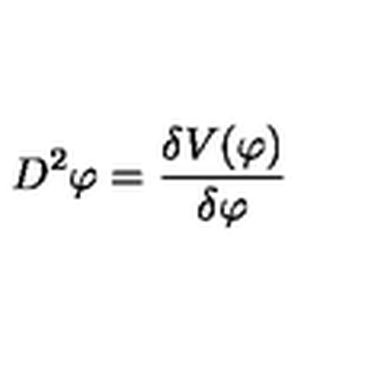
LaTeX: D ^ { 2 } \varphi = \frac { \delta V ( \varphi ) } { \delta \varphi }